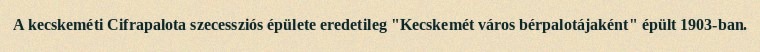
A kecskeméti Cifrapalota szecessziós épülete eredetileg "Kecskemét város bérpalotájaként" épült 1903-ban.